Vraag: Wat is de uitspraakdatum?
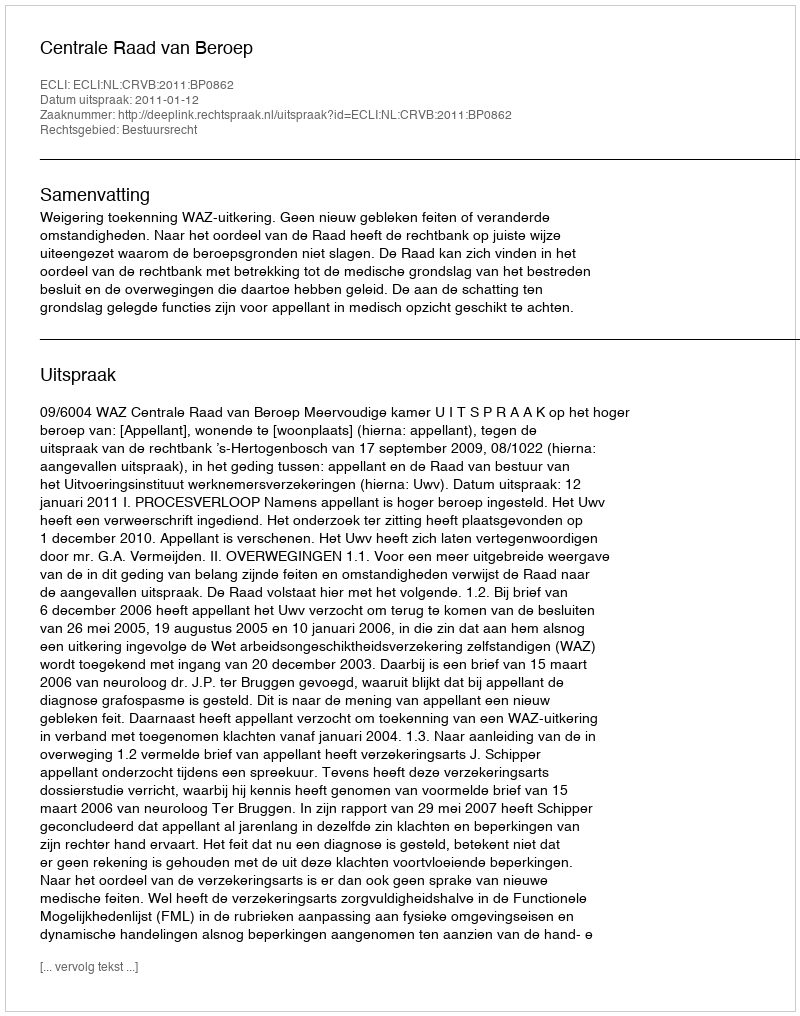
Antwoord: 2011-01-12